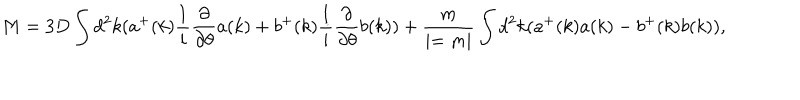
LaTeX: M = 3 D \int d ^ { 2 } k ( a ^ { + } ( k ) { \frac { 1 } { i } } { \frac { \partial } { \partial \theta } } a ( k ) + b ^ { + } ( k ) { \frac { 1 } { i } } { \frac { \partial } { \partial \theta } } b ( k ) ) + { \frac { m } { \mid = m \mid } } \int d ^ { 2 } k ( a ^ { + } ( k ) a ( k ) - b ^ { + } ( k ) b ( k ) ) ,